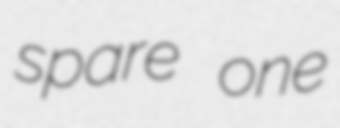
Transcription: spare one